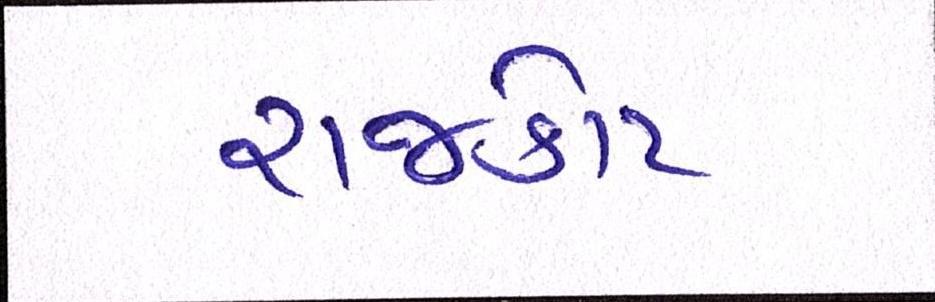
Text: રાજકોટ